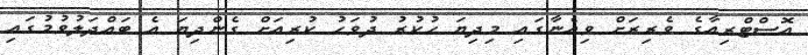
އޮސްޓްރިއާގެ ވެރިރަށް ވިއެނާގައި މިދިޔަ ހުކުރު ދުވަހު ކުރިއަށް ގެންދިޔަ އެ ބައްދަލުވުމުގައި